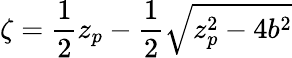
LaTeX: \zeta=\frac{1}{2}z_{p}-\frac{1}{2}\sqrt{z_{p}^{2}-4b^{2}}